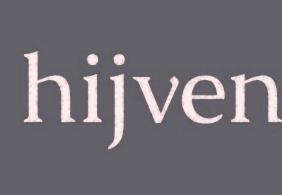
hijven